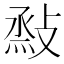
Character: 𢾧